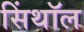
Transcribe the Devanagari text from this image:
सिंथॉल